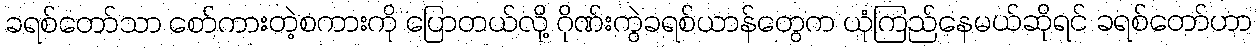
ခရစ်တော်သာ စော်ကားတဲ့စကားကို ပြောတယ်လို့ ဂိုဏ်းကွဲခရစ်ယာန်တွေက ယုံကြည်နေမယ်ဆိုရင် ခရစ်တော်ဟာ